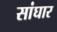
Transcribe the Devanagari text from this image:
सांघार